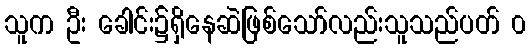
သူက ဦး ခေါင်း၌ရှိနေဆဲဖြစ်သော်လည်းသူသည်ပတ် ၀